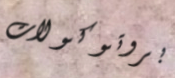
بروتوكولات